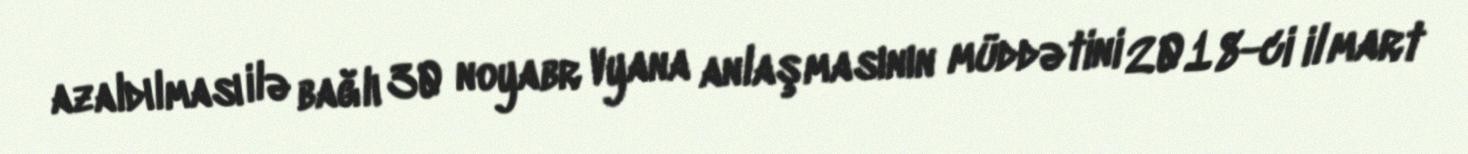
azaldılması ilə bağlı 30 noyabr Vyana anlaşmasının müddətini 2018-ci il mart